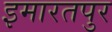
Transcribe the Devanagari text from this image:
इमारतपुर